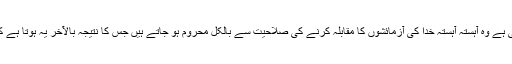
برعکس اس کے جن لوگوں کی روش دین کے معاملے میں فرار پسندانہ رہتی ہے وہ آہستہ آہستہ خدا کی آزمائشوں کا مقابلہ کرنے کی صلاحیت سے بالکل محروم ہو جاتے ہیں جس کا نتیجہ بالآخر یہ ہوتا ہے کہ آخرت کی کامیابیوں کی راہ ان کے لیے بالکل ہی بند ہوجاتی ہے ، (ایضاً)۔